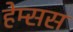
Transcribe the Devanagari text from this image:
हेम्सस